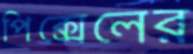
পিক্সেলের